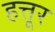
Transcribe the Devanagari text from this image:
हत्तूर